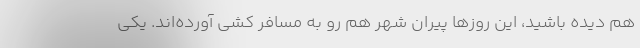
هم دیده باشید، این روزها پیران شهر هم رو به مسافر کشی آورده‌اند. یکی